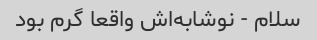
سلام - نوشابه‌اش واقعا گرم بود